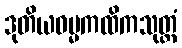
ဒုတိယဓမ္မကထိကသုတ္တံ